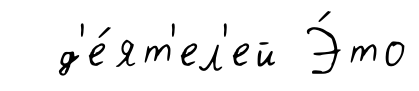
д'е́ят'ел'ей Э́то